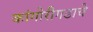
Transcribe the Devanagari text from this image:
कांगोरीगडाचे